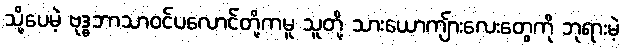
သို့ပေမဲ့ ဗုဒ္ဓဘာသာဝင်ပလောင်တို့ကမူ သူတို့ သားယောကျ်ားလေးတွေကို ဘုရားမဲ့